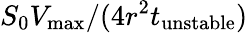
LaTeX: S_{0}V_{\operatorname*{max}}/(4r^{2}t_{\mathrm{unstable}})